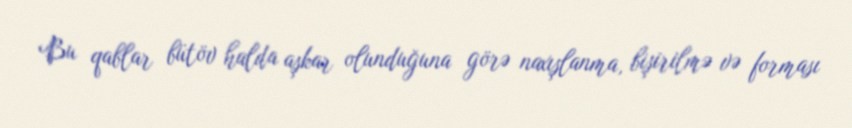
Bu qablar bütöv halda aşkar olunduğuna görə naxışlanma, bişirilmə və forması